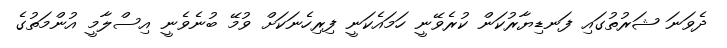
ދެވަނަ ޝަރުތުގައި ފަނޑިޔާރުކަން ކުރެވޭނީ ހަމައެކަނީ ފިރިހެނަކަށް ވުމޭ ބުނެވެނީ އިސްލާމީ އުންމަތުގެ